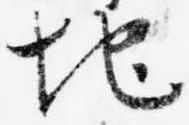
地